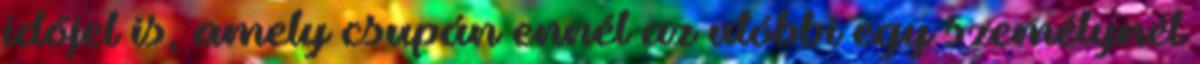
időjel is, amely csupán ennél az utóbbi egy személynél